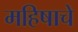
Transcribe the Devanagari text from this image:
महिषाचे